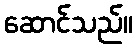
ဆောင်သည်။